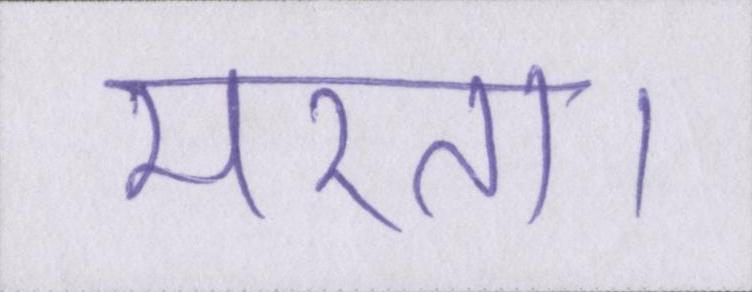
मरता।